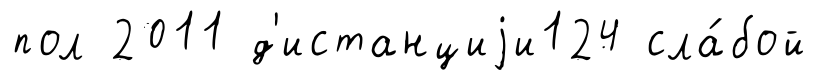
пол 2011 д'истанциjи124 сла́бой